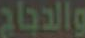
والدجاج